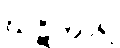
ဃဋိကာရ